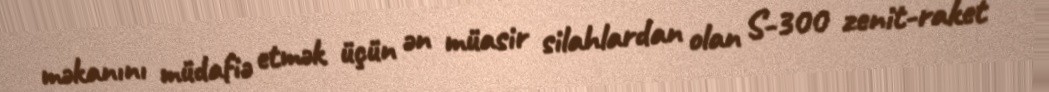
məkanını müdafiə etmək üçün ən müasir silahlardan olan S-300 zenit-raket